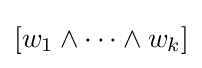
[w_{1}\wedge \cdots \wedge w_{k}]